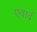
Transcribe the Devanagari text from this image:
एवार्द